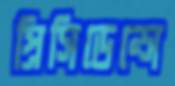
প্রিসিডেন্সে